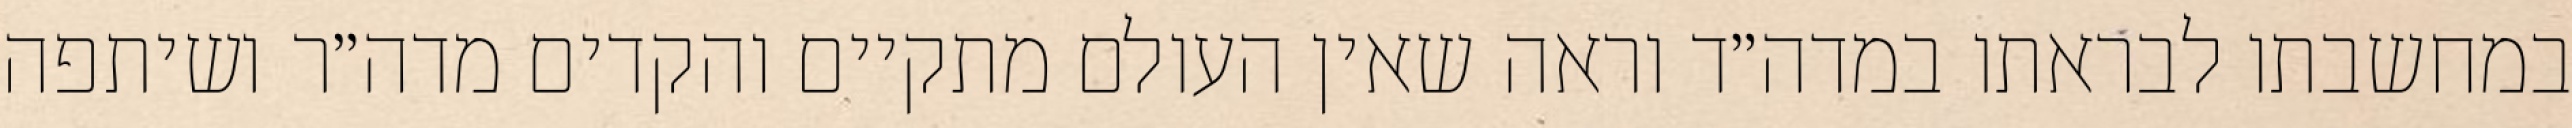
במחשבתו לבראתו במדה״ד וראה שאין העולם מתקיים והקדים מדה״ר ושיתפה